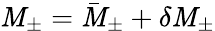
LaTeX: \mathit{M}_{\pm}=\bar{{\mathit{M}}}_{\pm}+\delta\mathit{M}_{\pm}